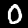
Digit: 0